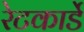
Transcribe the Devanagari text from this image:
रेटकार्डे